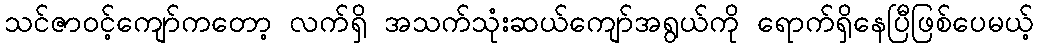
သင်ဇာဝင့်ကျော်ကတော့ လက်ရှိ အသက်သုံးဆယ်ကျော်အရွယ်ကို ရောက်ရှိနေပြီဖြစ်ပေမယ့်